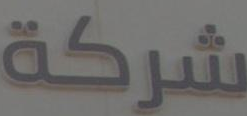
شركة